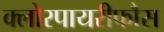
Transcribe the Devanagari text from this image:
क्लोरपायरीफौस